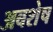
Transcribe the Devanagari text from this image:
अबशेष